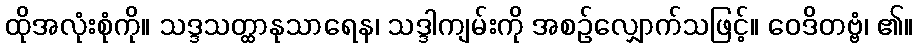
ထိုအလုံးစုံကို။ သဒ္ဒသတ္ထာနုသာရေန၊ သဒ္ဒါကျမ်းကို အစဉ်လျှောက်သဖြင့်။ ဝေဒိတဗ္ဗံ၊ ၏။